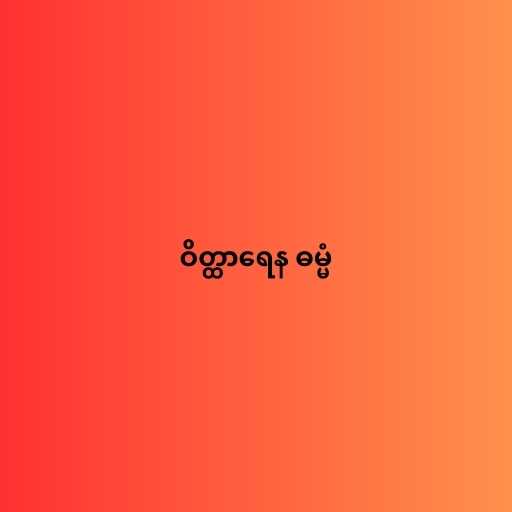
ဝိတ္ထာရေန ဓမ္မံ